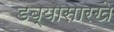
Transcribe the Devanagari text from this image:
डब्यासारखे